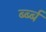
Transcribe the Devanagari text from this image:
र्ब्ब्ब